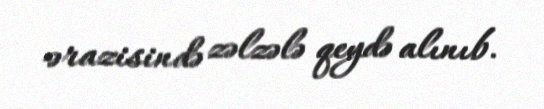
ərazisində zəlzələ qeydə alınıb.